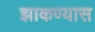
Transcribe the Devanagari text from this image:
झाकण्यास